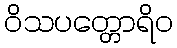
ဝိသပတ္တောရိဝ